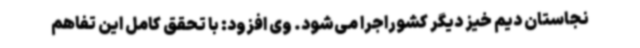
نجاستان دیم خیز دیگر کشوراجرا می‌شود. وی افزود: با تحقق کامل این تفاهم